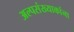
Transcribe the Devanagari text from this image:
अल्पसंख्याकांना